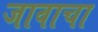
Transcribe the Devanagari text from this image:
जावाचा